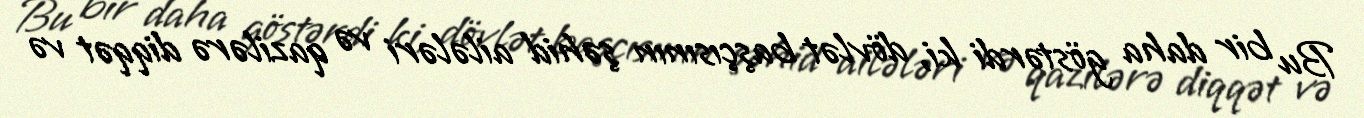
Bu bir daha göstərdi ki, dövlət başçısının şəhid ailələri və qazilərə diqqət və